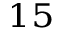
^ { 1 5 }